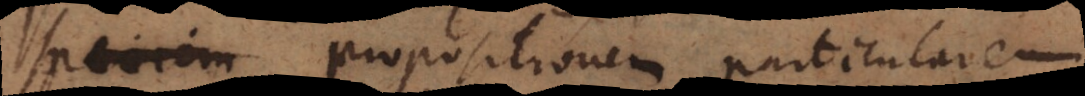
speciem propositionem parti